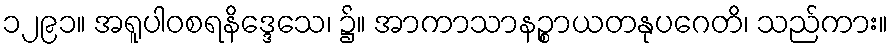
၁၂၉၁။ အရူပါဝစရနိဒ္ဒေသေ၊ ၌။ အာကာသာနဉ္စာယတနုပဂေတိ၊ သည်ကား။